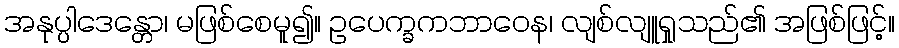
အနုပ္ပါဒေန္တော၊ မဖြစ်စေမူ၍။ ဥပေက္ခကဘာဝေန၊ လျစ်လျူရှုသည်၏ အဖြစ်ဖြင့်။